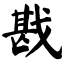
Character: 戡